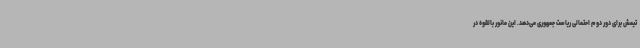
تیمش برای دور دوم احتمالی ریاست جمهوری می‌دهد. این مانور بالقوه در